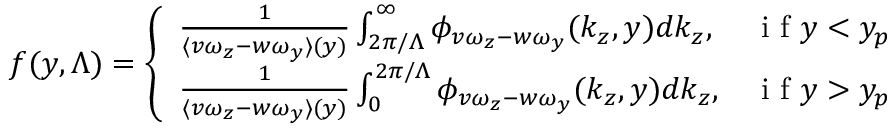
f ( y , \Lambda ) = \left\{ \begin{array} { l l } { \frac { 1 } { \langle v \omega _ { z } - w \omega _ { y } \rangle ( y ) } \int _ { 2 \pi / \Lambda } ^ { \infty } \phi _ { v \omega _ { z } - w \omega _ { y } } ( k _ { z } , y ) d k _ { z } , } & { \mathrm { ~ i ~ f ~ } y < y _ { p } } \\ { \frac { 1 } { \langle v \omega _ { z } - w \omega _ { y } \rangle ( y ) } \int _ { 0 } ^ { 2 \pi / \Lambda } \phi _ { v \omega _ { z } - w \omega _ { y } } ( k _ { z } , y ) d k _ { z } , } & { \mathrm { ~ i ~ f ~ } y > y _ { p } } \end{array} \right.